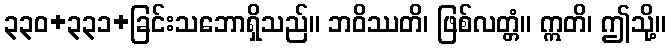
၃၃၀+၃၃၁+ခြင်းသဘောရှိသည်။ ဘဝိဿတိ၊ ဖြစ်လတ္တံ။ ဣတိ၊ ဤသို့။